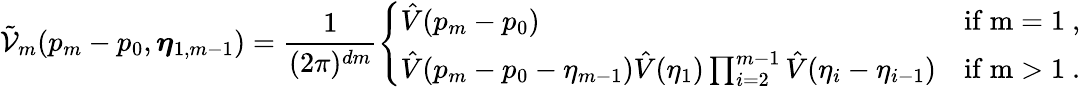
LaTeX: \tilde{\mathcal{V}}_{m}(p_{m}-p_{0},\boldsymbol{\eta}_{1,m-1})=\frac{1}{(2\pi)^{dm}}\left\{ \begin{array}{ll}{\hat{V}(p_{m}-p_{0})}&{\mathrm{if~m=1~,}}\\ {\hat{V}(p_{m}-p_{0}-\eta_{m-1})\hat{V}(\eta_{1})\prod_{i=2}^{m-1}\hat{V}(\eta_{i}-\eta_{i-1})}&{\mathrm{if~m>1~.}}\end{array}\right.